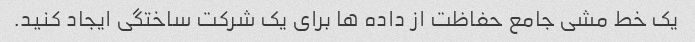
یک خط مشی جامع حفاظت از داده ها برای یک شرکت ساختگی ایجاد کنید.